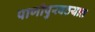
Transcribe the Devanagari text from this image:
पाणीपुरवठयात